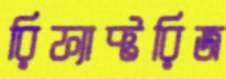
রিফ্যাক্টরিজ